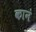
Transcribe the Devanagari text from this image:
कानं